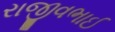
રાજીવભાઈ